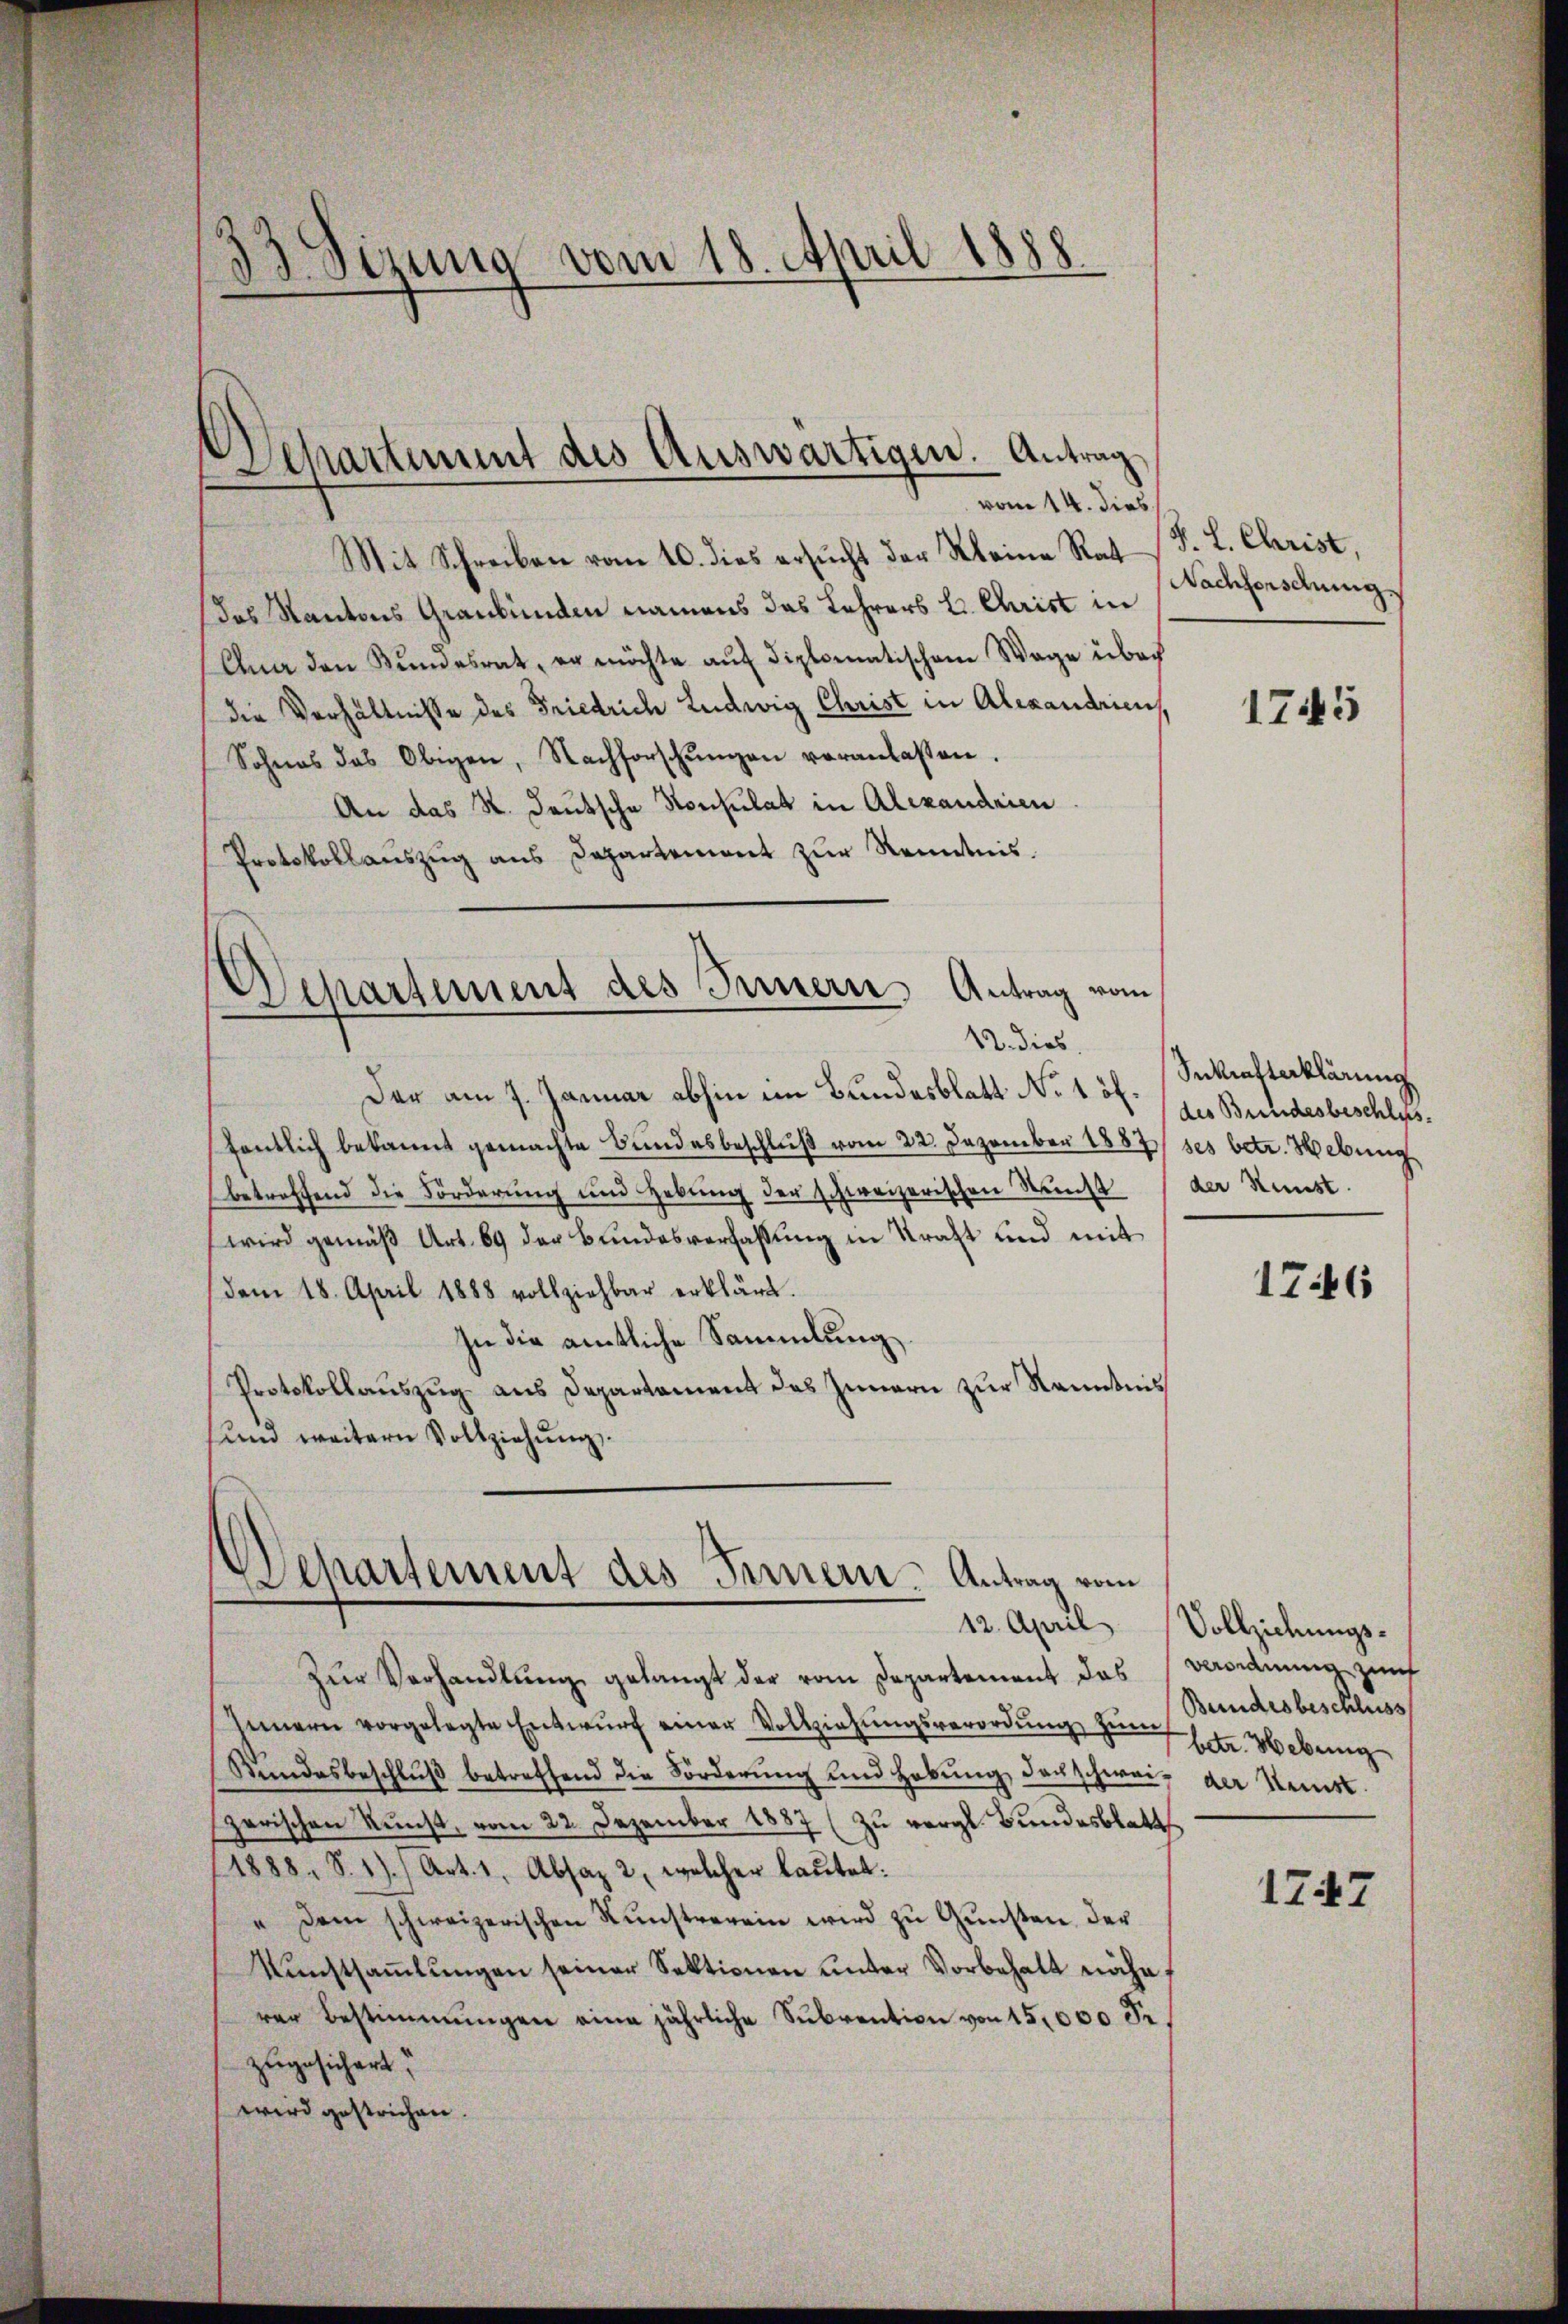
33. Sizung vom 18. April 1888.

Separtement des Auswärtigen. Antrag
vom 14. dies

Mit Schreiben vom 10. dies ersucht der Kleine Rat
das Kantons Graubünden namens das Lehrers L. Christ in
Ana den Bundesrat, er möchte auf diplomatischene Wage über
die Verhältnisse des Friedrich Ludwig Christ in Alexandrien,
Sohnes das Obigen, Nachforschŭngen veranlassen.
An das St. Deutsche Konsulat in Alexandrien
Protokollauszug aus Departement zur Kenntnis.
Departement des Innern Antrag vom
12. dies
Der am 7. Januar abhin im Bundesblatt No 1 ff.
fentlich bekannt gemachte Bundesbeschluß vom 22. Dezember 1887 ses betr. Hebung
betreffend die Förderung und Hebung der schweizerischen Sunst
wird gemäβ Art. 69 der Bundesverfassŭng in Kraft und mit
dem 18. April 1888 vollziehbar erklärt.
In die amtliche Sammlung
Protokollauszug aus Departement das Innern zur Kenntnis
und weitern Vollziehung.

Departement des Ferner Antrag vom

J. L. Christ,
Nachsenschung.

Zur Verhandlung gelangt der vom Departement das
Innern vorgelegte Entwŭrf einer Vollziehŭngsverordŭng zŭm Bundesbeschluss
Rŭndesbeschlŭβ betreffend die Förderŭng und Habŭng der schwei- der Steinstzerischen Kunst, vom 22. Dezember 1887 (zu vergl. Bundesblatt
1888, S. 1) Art. 1, Absaz 2, welcher lautet:
 Dem schweizerischen Kŭnstverein wird zŭ Gŭnsten der
Kunstsammlungen seiner Sektionen unter Vorbehalt näherer Bestimmungen eine jährliche Subvention von 15,000 Fr.
zugesichert.
wird gestrichen.

1745

Sekrafterklärung
des Bundesbeschlus
der Kunst.

1746

12. April Vollziehungs-
Verordnung zunf
betr. Hebung

1747